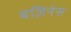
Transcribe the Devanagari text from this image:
बज़िनेस